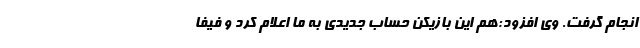
انجام گرفت. وی افزود:هم این بازیکن حساب جدیدی به ما اعلام کرد و فیفا